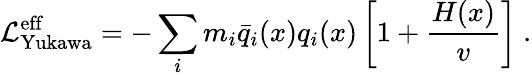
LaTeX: {\cal{L}}_{\mathrm{Yukawa}}^{\mathrm{eff}}=-\sum_{i}m_{i}\bar{q}_{i}(x)q_{i}(x)\left[1+\frac{H(x)}{v}\right]~.